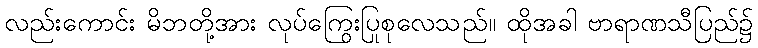
လည်းကောင်း မိဘတို့အား လုပ်ကြွေးပြုစုလေသည်။ ထိုအခါ ဗာရာဏသီပြည်၌